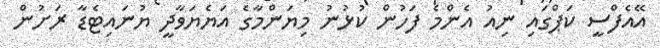
އޭއެފްސީ ކަޕްގައި ނިއު އެންމެ ފަހުން ކުޅުނު މިޔަންމާގެ އަޔެޔަވާދީ ޔުނައިޓެޑާ ރަށުން